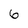
Character: 6